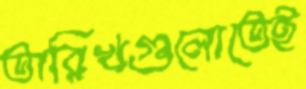
তারিখগুলোতেই